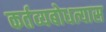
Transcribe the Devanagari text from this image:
कर्तव्यबोधत्यास